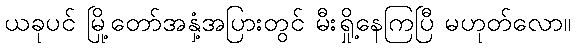
ယခုပင် မြို့တော်အနှံ့အပြားတွင် မီးရှို့နေကြပြီ မဟုတ်လော။